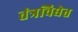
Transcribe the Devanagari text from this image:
तंत्रविद्येत